Tartu_Eesti_Lasteaia_Selts, lk 19
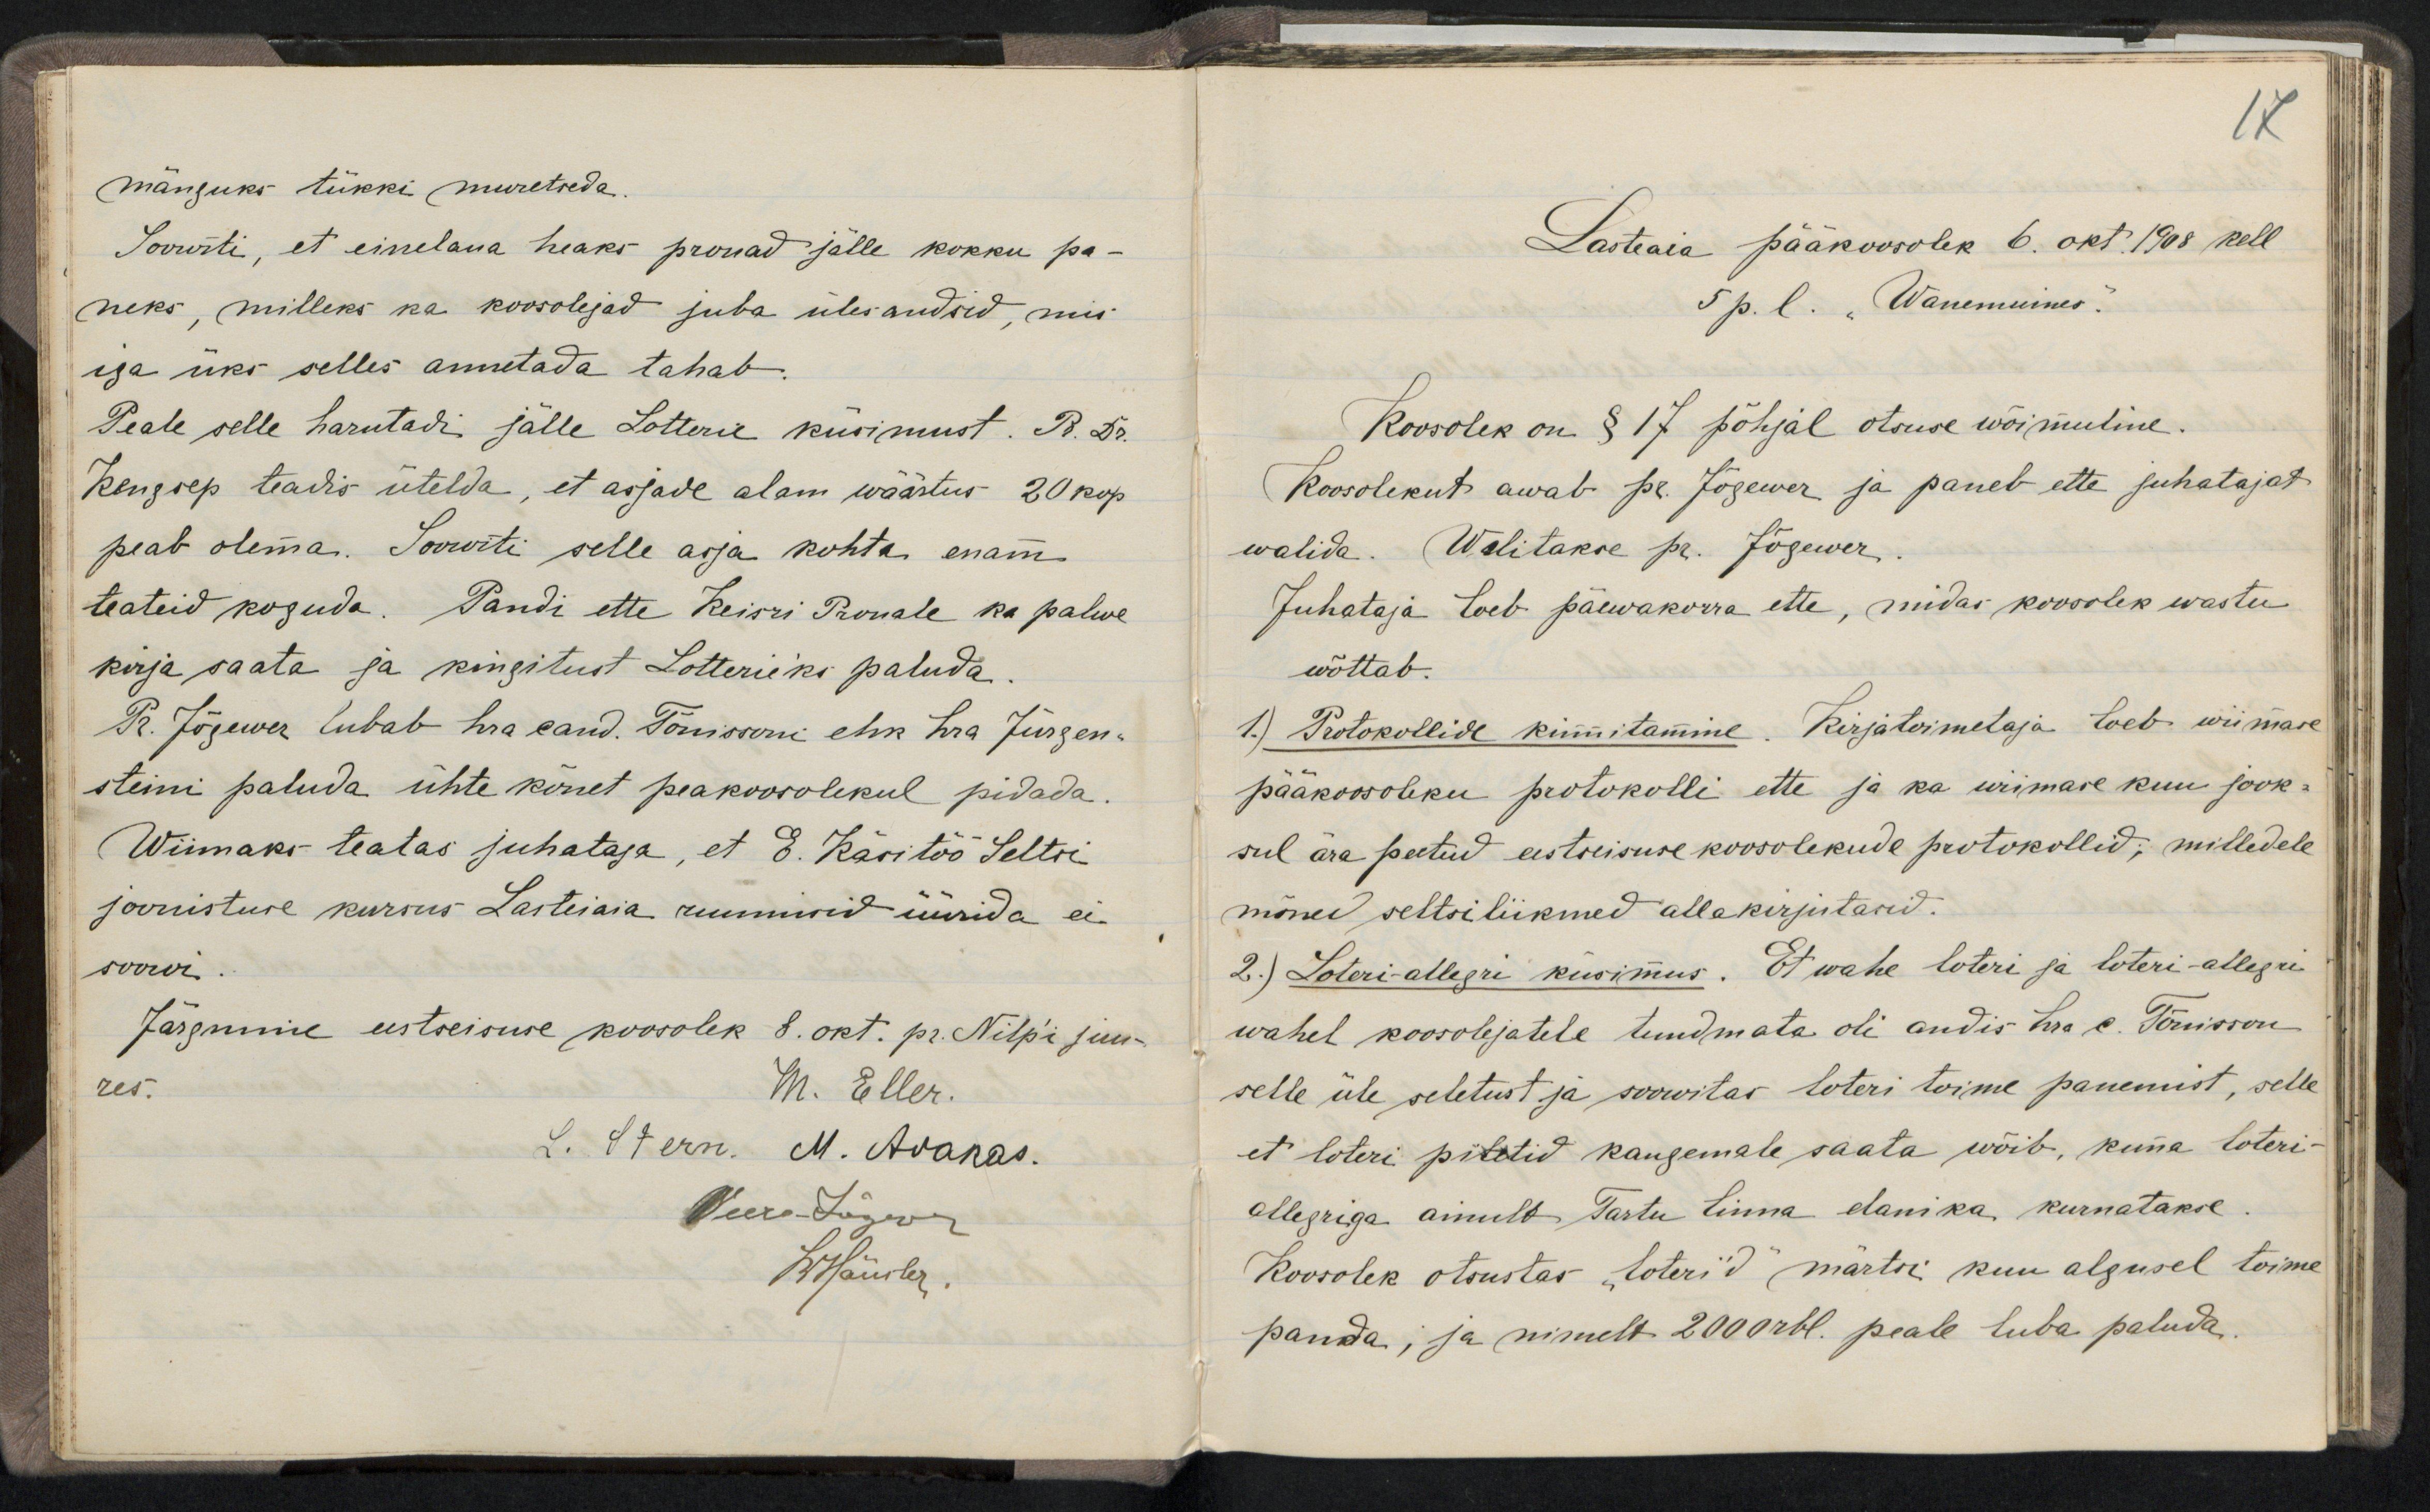
mänguks tükki muretseda.Sovurti, et einelana heaks prouad jälle kokku pa-neks, milleks ka koosolejad juba ülesandsid, misiga üks selles anetada tahabPeale selle harutadi jälle Lotterie kurimust. P. 5r.Kengoep teadis ütelda, et asjade alam wäästus 20 kop.peab olema. Soowiti selle arja kohta enamteateid koguda. Pandi ette Reisri Pronale ka palwekirja saata ja kingitust Lotteriiks paludaRr. Jõgewer lubab hra eand. Tõnisooni ehk hra Jürgen.steini paluda ühte kõnet peakoorolekul pidadaWinnaks teatas juhataja, et 8. Karitöö Seltrijoonistuse kurrus Lasteiaia ruuniwid üüsida eisoowiJärgmme eestseisuse koosolek 8. okt. pr. Nilpi juu-res.M. Eller.

17
Lasteaia pääkoosolek 6. okt. 1908 kell
5 p. l. "Wanemuines."
Koosolek on § 17 põhjal otsuse wõimuline.
Koosolekut awab pr. Jõgewer ja paneb ette juhatajat
walida. Walitakse pr. Jõgewer.
Juhataja loeb päewakorra ette, midas koosolek wastu
wõttab.
1.) Protokollide kinnitamine. Kirjatoimetaja loeb wiimase
pääkoosoleku protokolli ette ja ka wiimase kuu jook-
sul ära peetud eestseisuse koosolekude protokollid; milledele
mõned seltsiliikmed allakirjutasid.
2.) Loteri-allegri küsimus. Et wahe loteri ja loteri-allegri
wahel koosolejatele tundmata oli andis hra c. Tõnisson
selle üle seletust ja soowitas loteri toime panemist, selle
et loteri piletid kaugemale saata wõib, kuna loteri-
allegriga ainult Tartu linna elanika kurnatakse.
Koosolek otsustas "loteri´d" märtsi kuu algusel toime
panda; ja nimelt 2000 rbl. peale luba paluda.